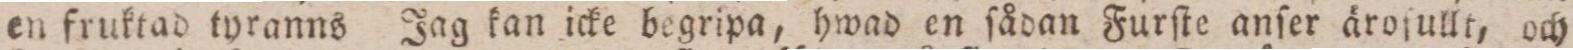
en fruktad tyranns Jag kan icke begripa, hwad en ſådan Furſte anſer ärofullt, och